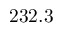
2 3 2 . 3